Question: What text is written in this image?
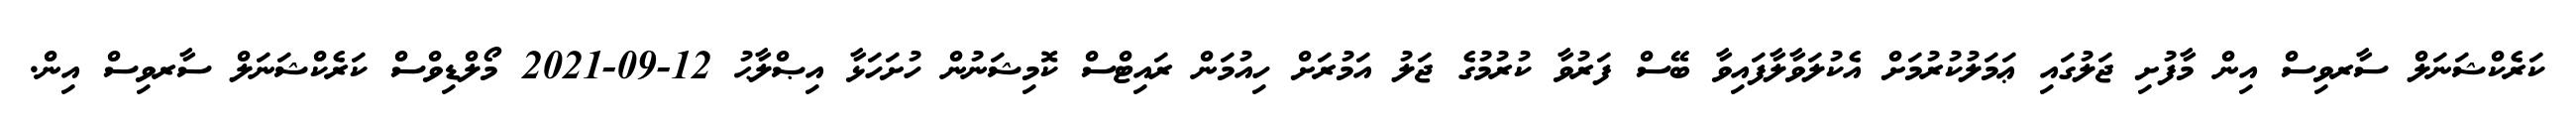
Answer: ކަރެކްޝަނަލް ސާރވިސް އިން މާފުށި ޖަލުގައި ޢަމަލުކުރުމަށް އެކުލަވާލާފައިވާ ބޭސް ފަރުވާ ކުރުމުގެ ޖަލު އަމުރަށް ހިއުމަން ރައިޓްސް ކޮމިޝަނުން ހުށަހަޅާ އިޞްލާޙު 12-09-2021 މޯލްޑިވްސް ކަރެކްޝަނަލް ސާރވިސް އިން.